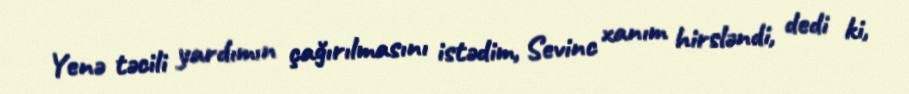
Yenə təcili yardımın çağırılmasını istədim, Sevinc xanım hirsləndi, dedi ki,